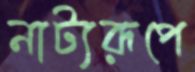
নাট্যরূপে